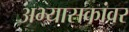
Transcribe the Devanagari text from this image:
अभ्यासकांवर